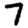
Digit: 7